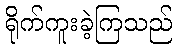
ရိုက်ကူးခဲ့ကြသည်